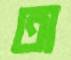
অ